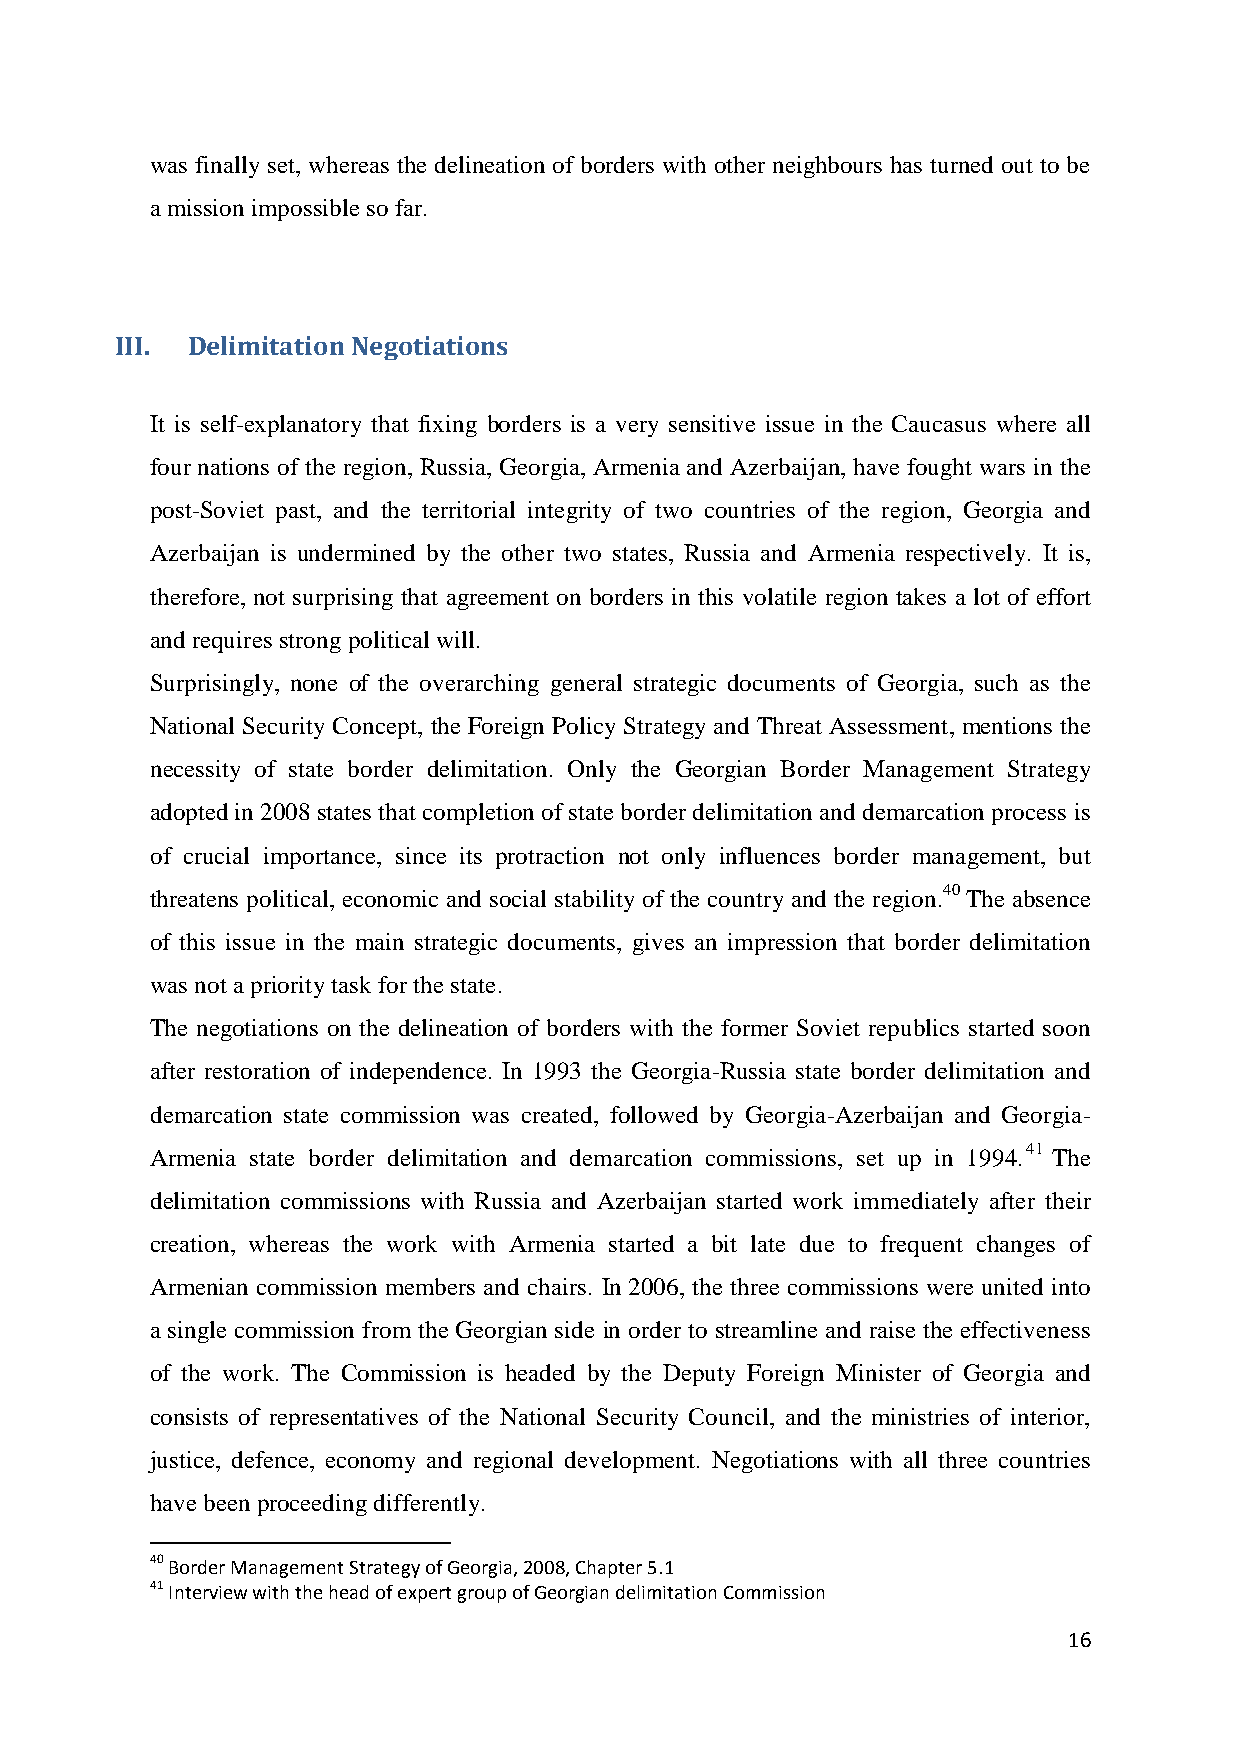
was finally set, whereas the delineation of borders with other neighbours has turned out to be
 a mission impossible so far.
 III. Delimitation Negotiations
 It is self-explanatory that fixing borders is a very sensitive issue in the Caucasus where all
 four nations of the region, Russia, Georgia, Armenia and Azerbaijan, have fought wars in the
 post-Soviet past, and the territorial integrity of two countries of the region, Georgia and
 Azerbaijan is undermined by the other two states, Russia and Armenia respectively. It is,
 therefore, not surprising that agreement on borders in this volatile region takes a lot of effort
 and requires strong political will.
 Surprisingly, none of the overarching general strategic documents of Georgia, such as the
 National Security Concept, the Foreign Policy Strategy and Threat Assessment, mentions the
 necessity of state border delimitation. Only the Georgian Border Management Strategy
 adopted in 2008 states that completion of state border delimitation and demarcation process is
 of crucial importance, since its protraction not only influences border management, but
 threatens political, economic and social stability of the country and the region.40 The absence
 of this issue in the main strategic documents, gives an impression that border delimitation
 was not a priority task for the state.
 The negotiations on the delineation of borders with the former Soviet republics started soon
 after restoration of independence. In 1993 the Georgia-Russia state border delimitation and
 demarcation state commission was created, followed by Georgia-Azerbaijan and Georgia-
 Armenia state border delimitation and demarcation commissions, set up in 1994.41 The
 delimitation commissions with Russia and Azerbaijan started work immediately after their
 creation, whereas the work with Armenia started a bit late due to frequent changes of
 Armenian commission members and chairs. In 2006, the three commissions were united into
 a single commission from the Georgian side in order to streamline and raise the effectiveness
 of the work. The Commission is headed by the Deputy Foreign Minister of Georgia and
 consists of representatives of the National Security Council, and the ministries of interior,
 justice, defence, economy and regional development. Negotiations with all three countries
 have been proceeding differently.
 40 Border Management Strategy of Georgia, 2008, Chapter 5.1
 41 Interview with the head of expert group of Georgian delimitation Commission
 16